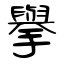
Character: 擧